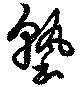
塾